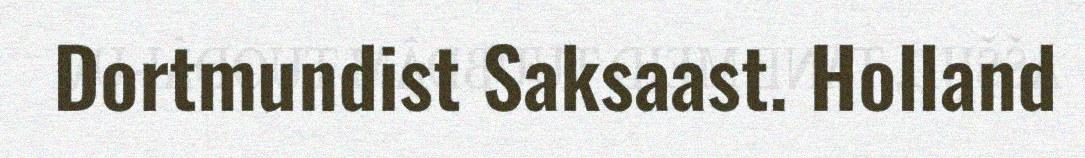
Dortmundist Saksaast. Holland